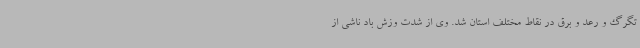
تگرگ و رعد و برق در نقاط مختلف استان شد. وی از شدت وزش باد ناشی از